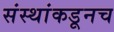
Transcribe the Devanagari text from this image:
संस्थांकडूनच